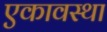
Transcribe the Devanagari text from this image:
एकावस्था